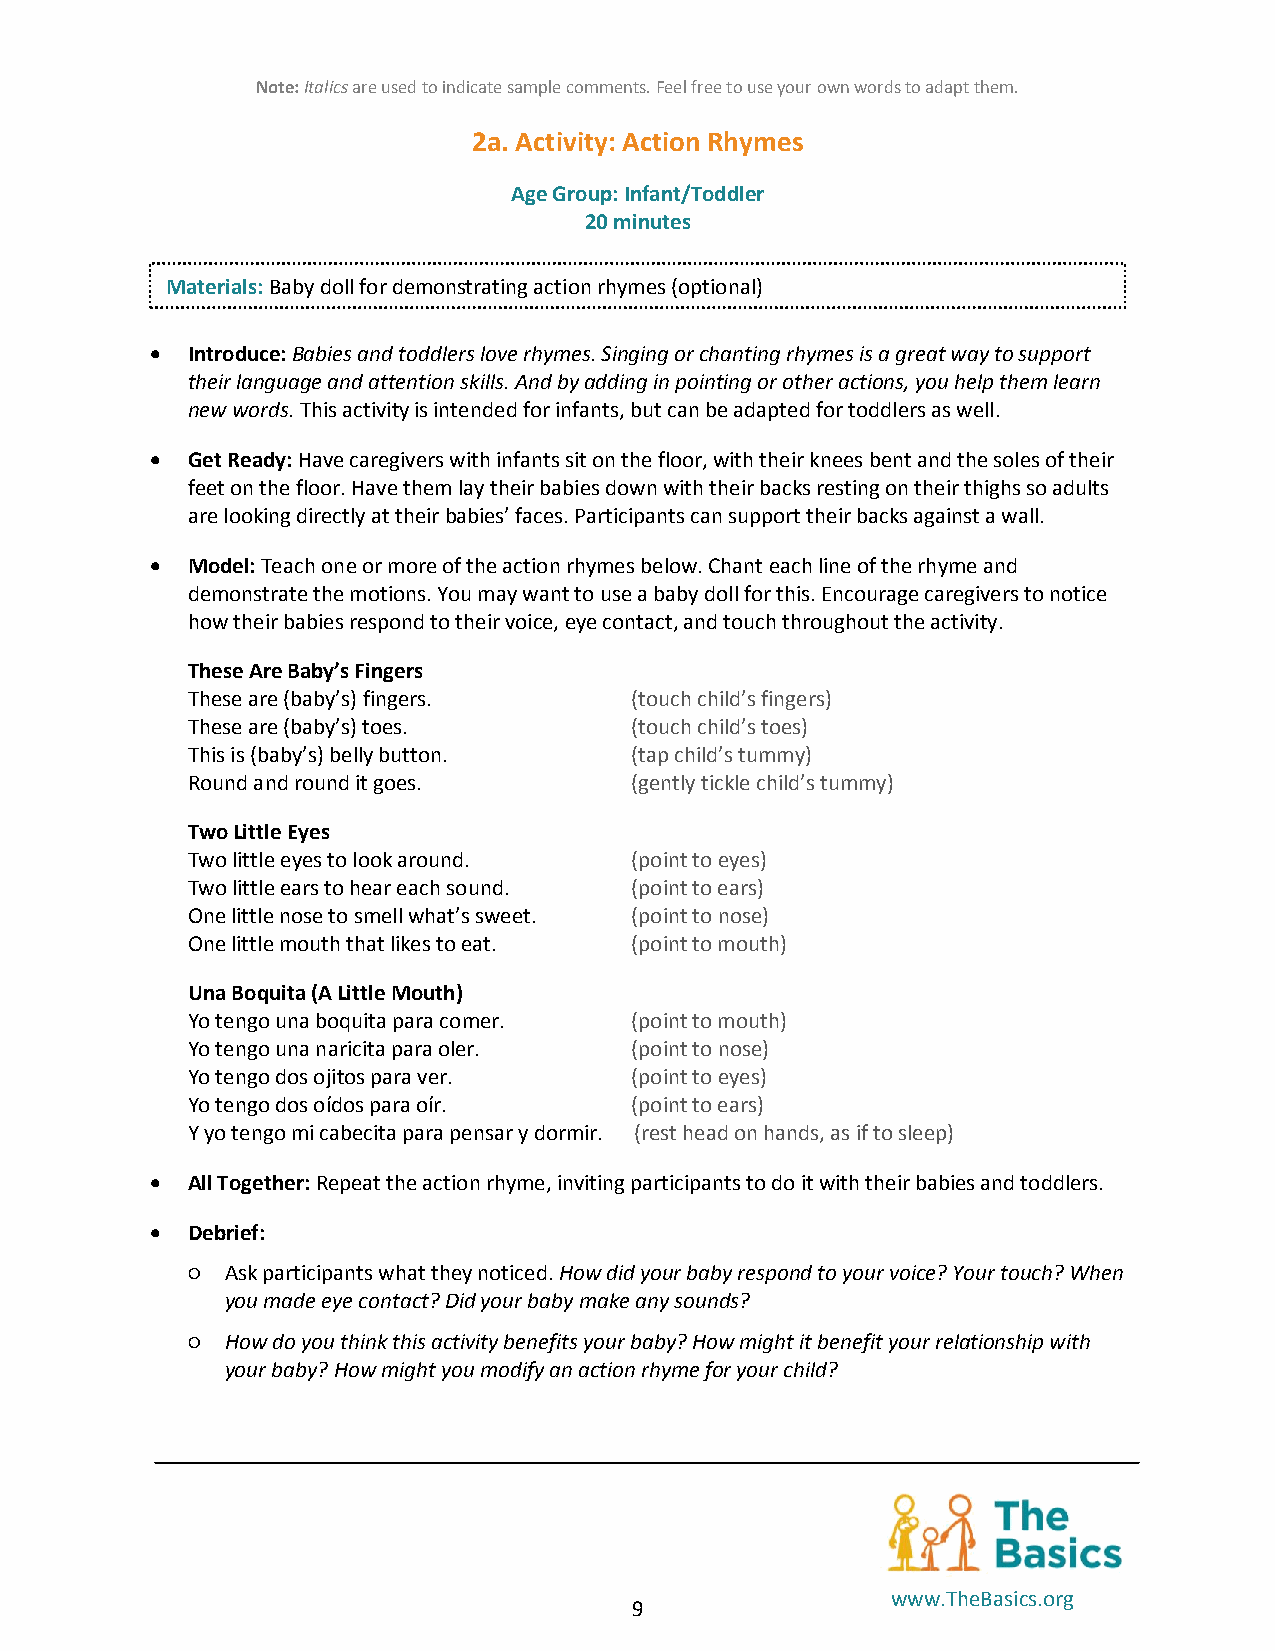
Note: Italics are used to indicate sample comments. Feel free to use your own words to adapt them.
 2a. Activity: Action Rhymes
 Age Group: Infant/Toddler
 20 minutes
 Materials: Baby doll for demonstrating action rhymes (optional)
  Introduce: Babies and toddlers love rhymes. Singing or chanting rhymes is a great way to support
 their language and attention skills. And by adding in pointing or other actions, you help them learn
 new words. This activity is intended for infants, but can be adapted for toddlers as well.
  Get Ready: Have caregivers with infants sit on the floor, with their knees bent and the soles of their
 feet on the floor. Have them lay their babies down with their backs resting on their thighs so adults
 are looking directly at their babies’ faces. Participants can support their backs against a wall.
  Model: Teach one or more of the action rhymes below. Chant each line of the rhyme and
 demonstrate the motions. You may want to use a baby doll for this. Encourage caregivers to notice
 how their babies respond to their voice, eye contact, and touch throughout the activity.
 These Are Baby’s Fingers
 These are (baby’s) fingers.   (touch child’s fingers)
 These are (baby’s) toes.      (touch child’s toes)
 This is (baby’s) belly button. (tap child’s tummy)
 Round and round it goes.      (gently tickle child’s tummy)
 Two Little Eyes
 Two little eyes to look around. (point to eyes)
 Two little ears to hear each sound. (point to ears)
 One little nose to smell what’s sweet. (point to nose)
 One little mouth that likes to eat. (point to mouth)
 Una Boquita (A Little Mouth)
 Yo tengo una boquita para comer. (point to mouth)
 Yo tengo una naricita para oler. (point to nose)
 Yo tengo dos ojitos para ver. (point to eyes)
 Yo tengo dos oídos para oír. (point to ears)
 Y yo tengo mi cabecita para pensar y dormir. (rest head on hands, as if to sleep)
  All Together: Repeat the action rhyme, inviting participants to do it with their babies and toddlers.
  Debrief:
 ○  Ask participants what they noticed. How did your baby respond to your voice? Your touch? When
 you made eye contact? Did your baby make any sounds?
 ○  How do you think this activity benefits your baby? How might it benefit your relationship with
 your baby? How might you modify an action rhyme for your child?
 www.TheBasics.org
 9